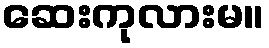
ဆေးကုလားမ။